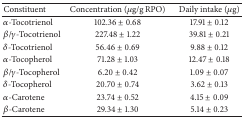
| Constituent | Concentration (μg/g RPO) | Daily intake (μg) |
 | --- | --- | --- |
 | α-Tocotrienol | 102.36 ± 0.68 | 17.91 ± 0.12 |
 | β/γ-Tocotrienol | 227.48 ± 1.22 | 39.81 ± 0.21 |
 | δ-Tocotrienol | 56.46 ± 0.69 | 9.88 ± 0.12 |
 | α-Tocopherol | 71.28 ± 1.03 | 12.47 ± 0.18 |
 | β/γ-Tocopherol | 6.20 ± 0.42 | 1.09 ± 0.07 |
 | δ-Tocopherol | 20.70 ± 0.74 | 3.62 ± 0.13 |
 | α-Carotene | 23.74 ± 0.52 | 4.15 ± 0.09 |
 | β-Carotene | 29.34 ± 1.30 | 5.14 ± 0.23 |